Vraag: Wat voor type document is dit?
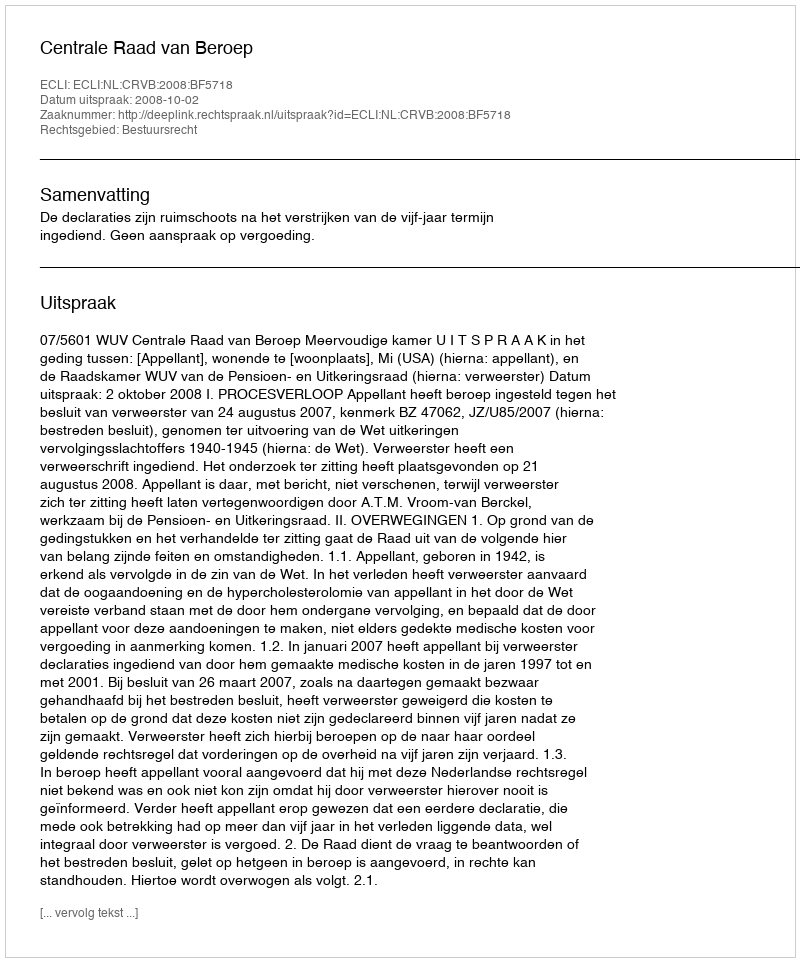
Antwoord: Uitspraak